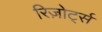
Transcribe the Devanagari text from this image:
रिज़ोर्ट्स